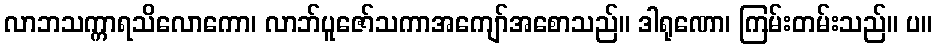
လာဘသက္ကာရသိလောကော၊ လာဘ်ပူဇော်သကာအကျော်အစောသည်။ ဒါရုဏော၊ ကြမ်းတမ်းသည်။ ပ။